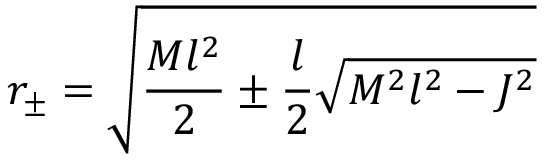
r _ { \pm } = \sqrt { \frac { M l ^ { 2 } } { 2 } \pm \frac { l } { 2 } \sqrt { M ^ { 2 } l ^ { 2 } - J ^ { 2 } } }